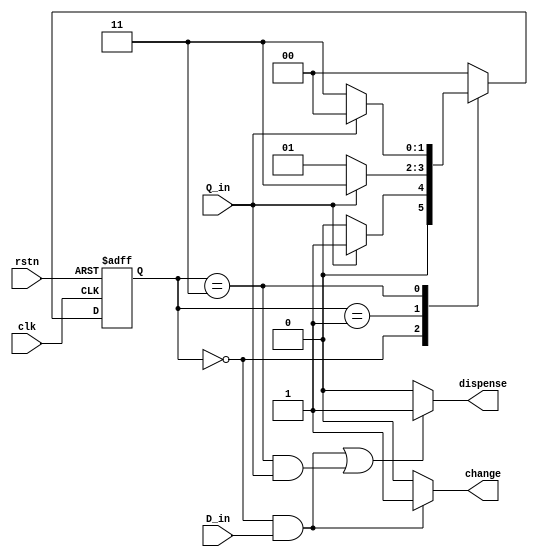
module vending_machine(clk, rstn, Q_in, D_in, dispense, change);
	parameter WAIT = 2'b00;
	parameter Q_25 = 2'b01;
	parameter Q_50 = 2'b11;
	input clk, rstn, Q_in, D_in;
	output reg dispense, change;

	reg [1:0] cs, ns; // cs >> current state, ns >> next state

	//Next State Logic
	always @(cs, Q_in, D_in) begin
		case (cs)

			WAIT: 
				if (Q_in)
					ns = Q_25;
				else 
					ns = WAIT;

			Q_25:
				if (Q_in)
					ns = Q_50;
				else 
					ns = Q_25;

			Q_50:
				if (Q_in)
					ns = WAIT;
				else 
					ns = Q_50;

			default: 	ns = WAIT;
		endcase
	end

	//State Memory
	always @(posedge clk or negedge rstn) begin
		if(~rstn)
			cs <= WAIT;
		else
			cs <= ns;
	end

	//Output Logic
	always @(cs, Q_in, D_in) begin 
		if ( (cs == WAIT && D_in == 1'b1) || (cs == Q_50 && Q_in == 1'b1) )	
			dispense = 1'b1;
		else 
			dispense = 1'b0;

		if (cs == WAIT && D_in == 1'b1) 
			change = 1'b1;
		else	
			change = 1'b0;
	end

endmodule